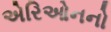
એરિઓનનો